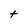
Character: t